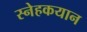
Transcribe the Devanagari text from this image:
स्नेहकयान